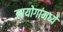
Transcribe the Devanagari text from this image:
उपयोगांमध्ये